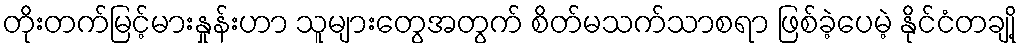
တိုးတက်မြင့်မားနှုန်းဟာ သူများတွေအတွက် စိတ်မသက်သာစရာ ဖြစ်ခဲ့ပေမဲ့ နိုင်ငံတချို့